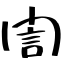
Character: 誾